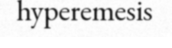
hyperemesis